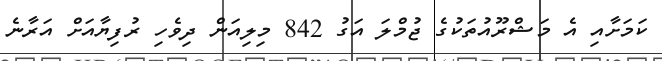
ކަމަށާއި އެ މަޝްރޫއުތަކުގެ ޖުމްލަ އަގު 842 މިލިއަން ދިވެހި ރުފިޔާއަށް އަރާނެ